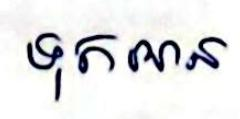
ទុកអាន